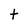
Character: t